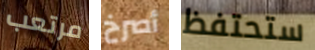
مرتعب أصرخ ستحتفظ